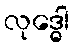
လုဒ္ဓေါ